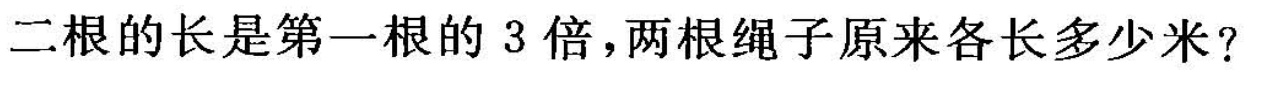
二根的长是第一根的3倍，两根绳子原来各长多少米?